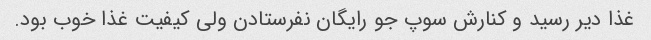
غذا دیر رسید و کنارش سوپ جو رایگان نفرستادن ولی کیفیت غذا خوب بود.